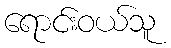
ရောင်းဝယ်သူ